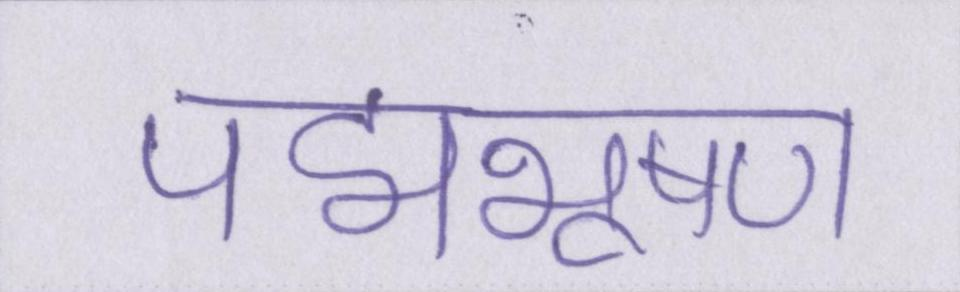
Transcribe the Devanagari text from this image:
पद्मभूषण